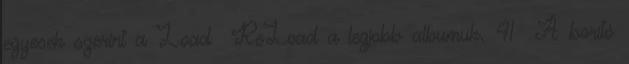
egyesek szerint a Load ReLoad a legjobb albumuk. 41 A borító